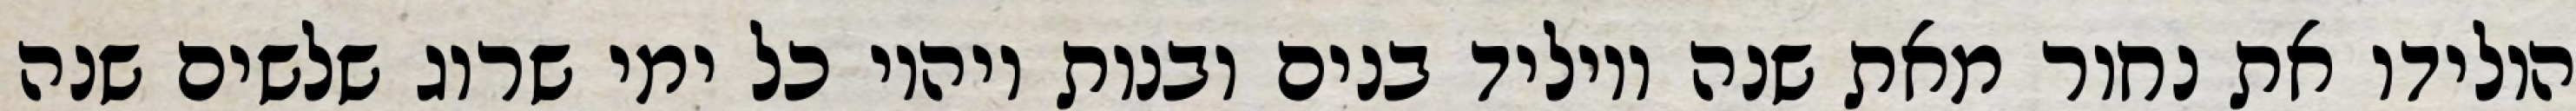
הולידו את נחור מאת שנה ויוליד בנים ובנות ויהיו כל ימי שרוג שלשים שנה